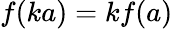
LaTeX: f(ka)=kf(a)